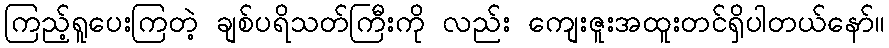
ကြည့်ရူပေးကြတဲ့ ချစ်ပရိသတ်ကြီးကို လည်း ကျေးဇူးအထူးတင်ရှိပါတယ်နော်။